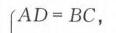
$AD = BC,$